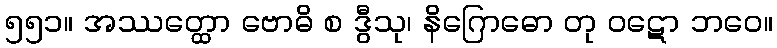
၅၅၁။ အဿတ္ထော ဗောဓိ စ ဒွီသု၊ နိဂြောဓော တု ဝဋော ဘဝေ။